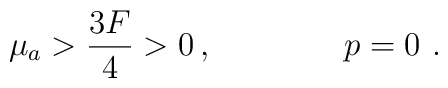
\mu_a > {3 F\over 4} >0 \, , \qquad\qquad p=0\ .